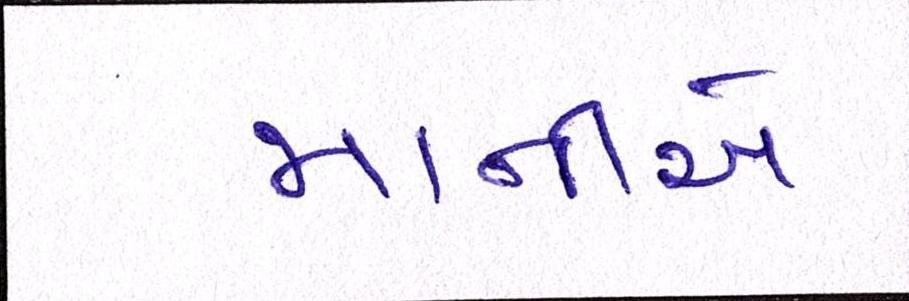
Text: માનીએ